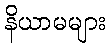
နိယာမများ